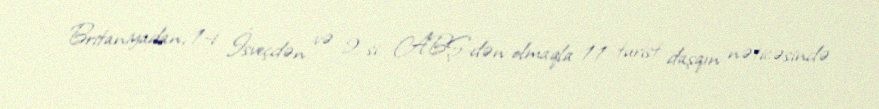
Britaniyadan, 1-i İsveçdən və 2-si ABŞ-dən olmaqla 11 turist daşqın nəticəsində